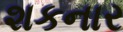
શકનાર